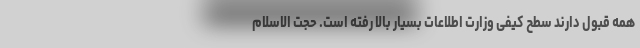
همه قبول دارند سطح کیفی وزارت اطلاعات بسیار بالا رفته است. حجت الاسلام